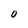
Character: 0